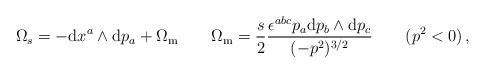
\begin{align*}\Omega_s=-{\rm d}x^a\wedge{\rm d}p_a+\Omega_{\rm m}\qquad\Omega_{\rm m}=\frac{s}2\frac{\epsilon^{abc}p_a{\rm d}p_b\wedge{\rm d}p_c}{(-p^2)^{3/2}}\qquad(p^2<0)\,,\end{align*}